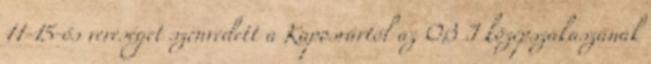
11-15-ös vereséget szenvedett a Kaposvártól az OB I középszakaszának